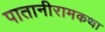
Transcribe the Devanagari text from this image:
पातानीरामकथा